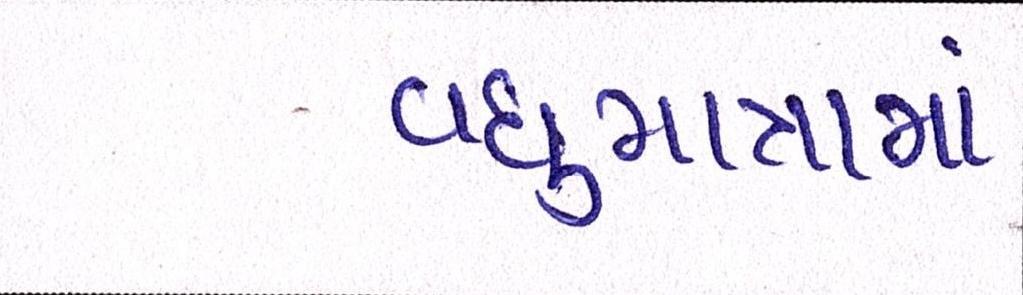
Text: વધુમાત્રામાં